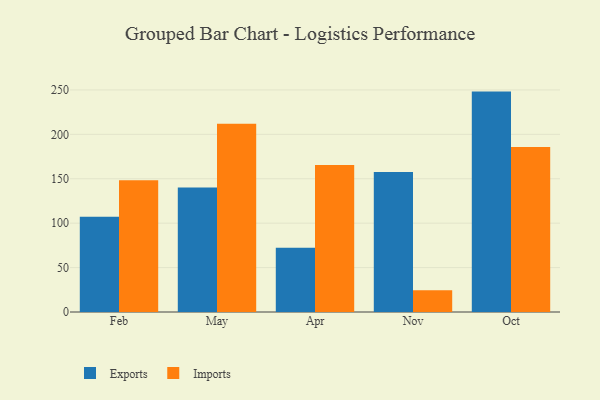
{"axis": {"x": "Month", "y": "Bounce Rate (%)"}, "legend": ["Exports", "Imports"], "data": [{"x": "Feb", "y": 107.1, "type": "Exports"}, {"x": "Feb", "y": 148.3, "type": "Imports"}, {"x": "May", "y": 140.1, "type": "Exports"}, {"x": "May", "y": 212.0, "type": "Imports"}, {"x": "Apr", "y": 72.2, "type": "Exports"}, {"x": "Apr", "y": 165.5, "type": "Imports"}, {"x": "Nov", "y": 157.6, "type": "Exports"}, {"x": "Nov", "y": 24.5, "type": "Imports"}, {"x": "Oct", "y": 248.1, "type": "Exports"}, {"x": "Oct", "y": 185.7, "type": "Imports"}]}